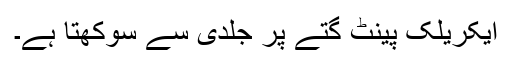
ایکریلک پینٹ گتے پر جلدی سے سوکھتا ہے۔